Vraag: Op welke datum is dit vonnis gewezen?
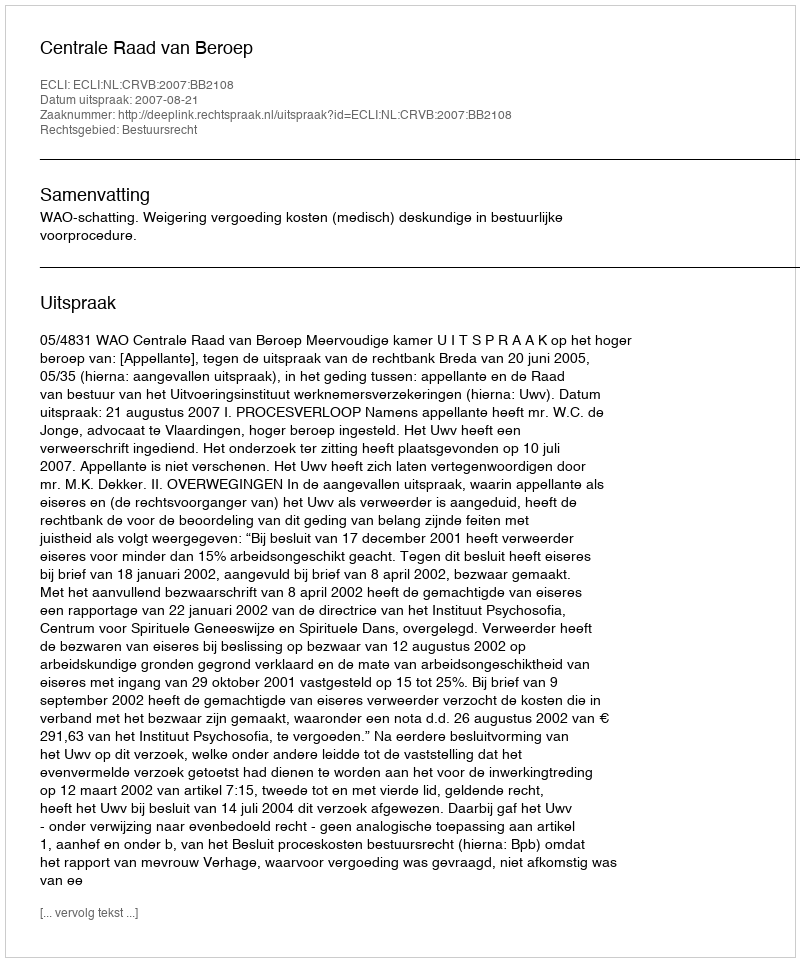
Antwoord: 2007-08-21